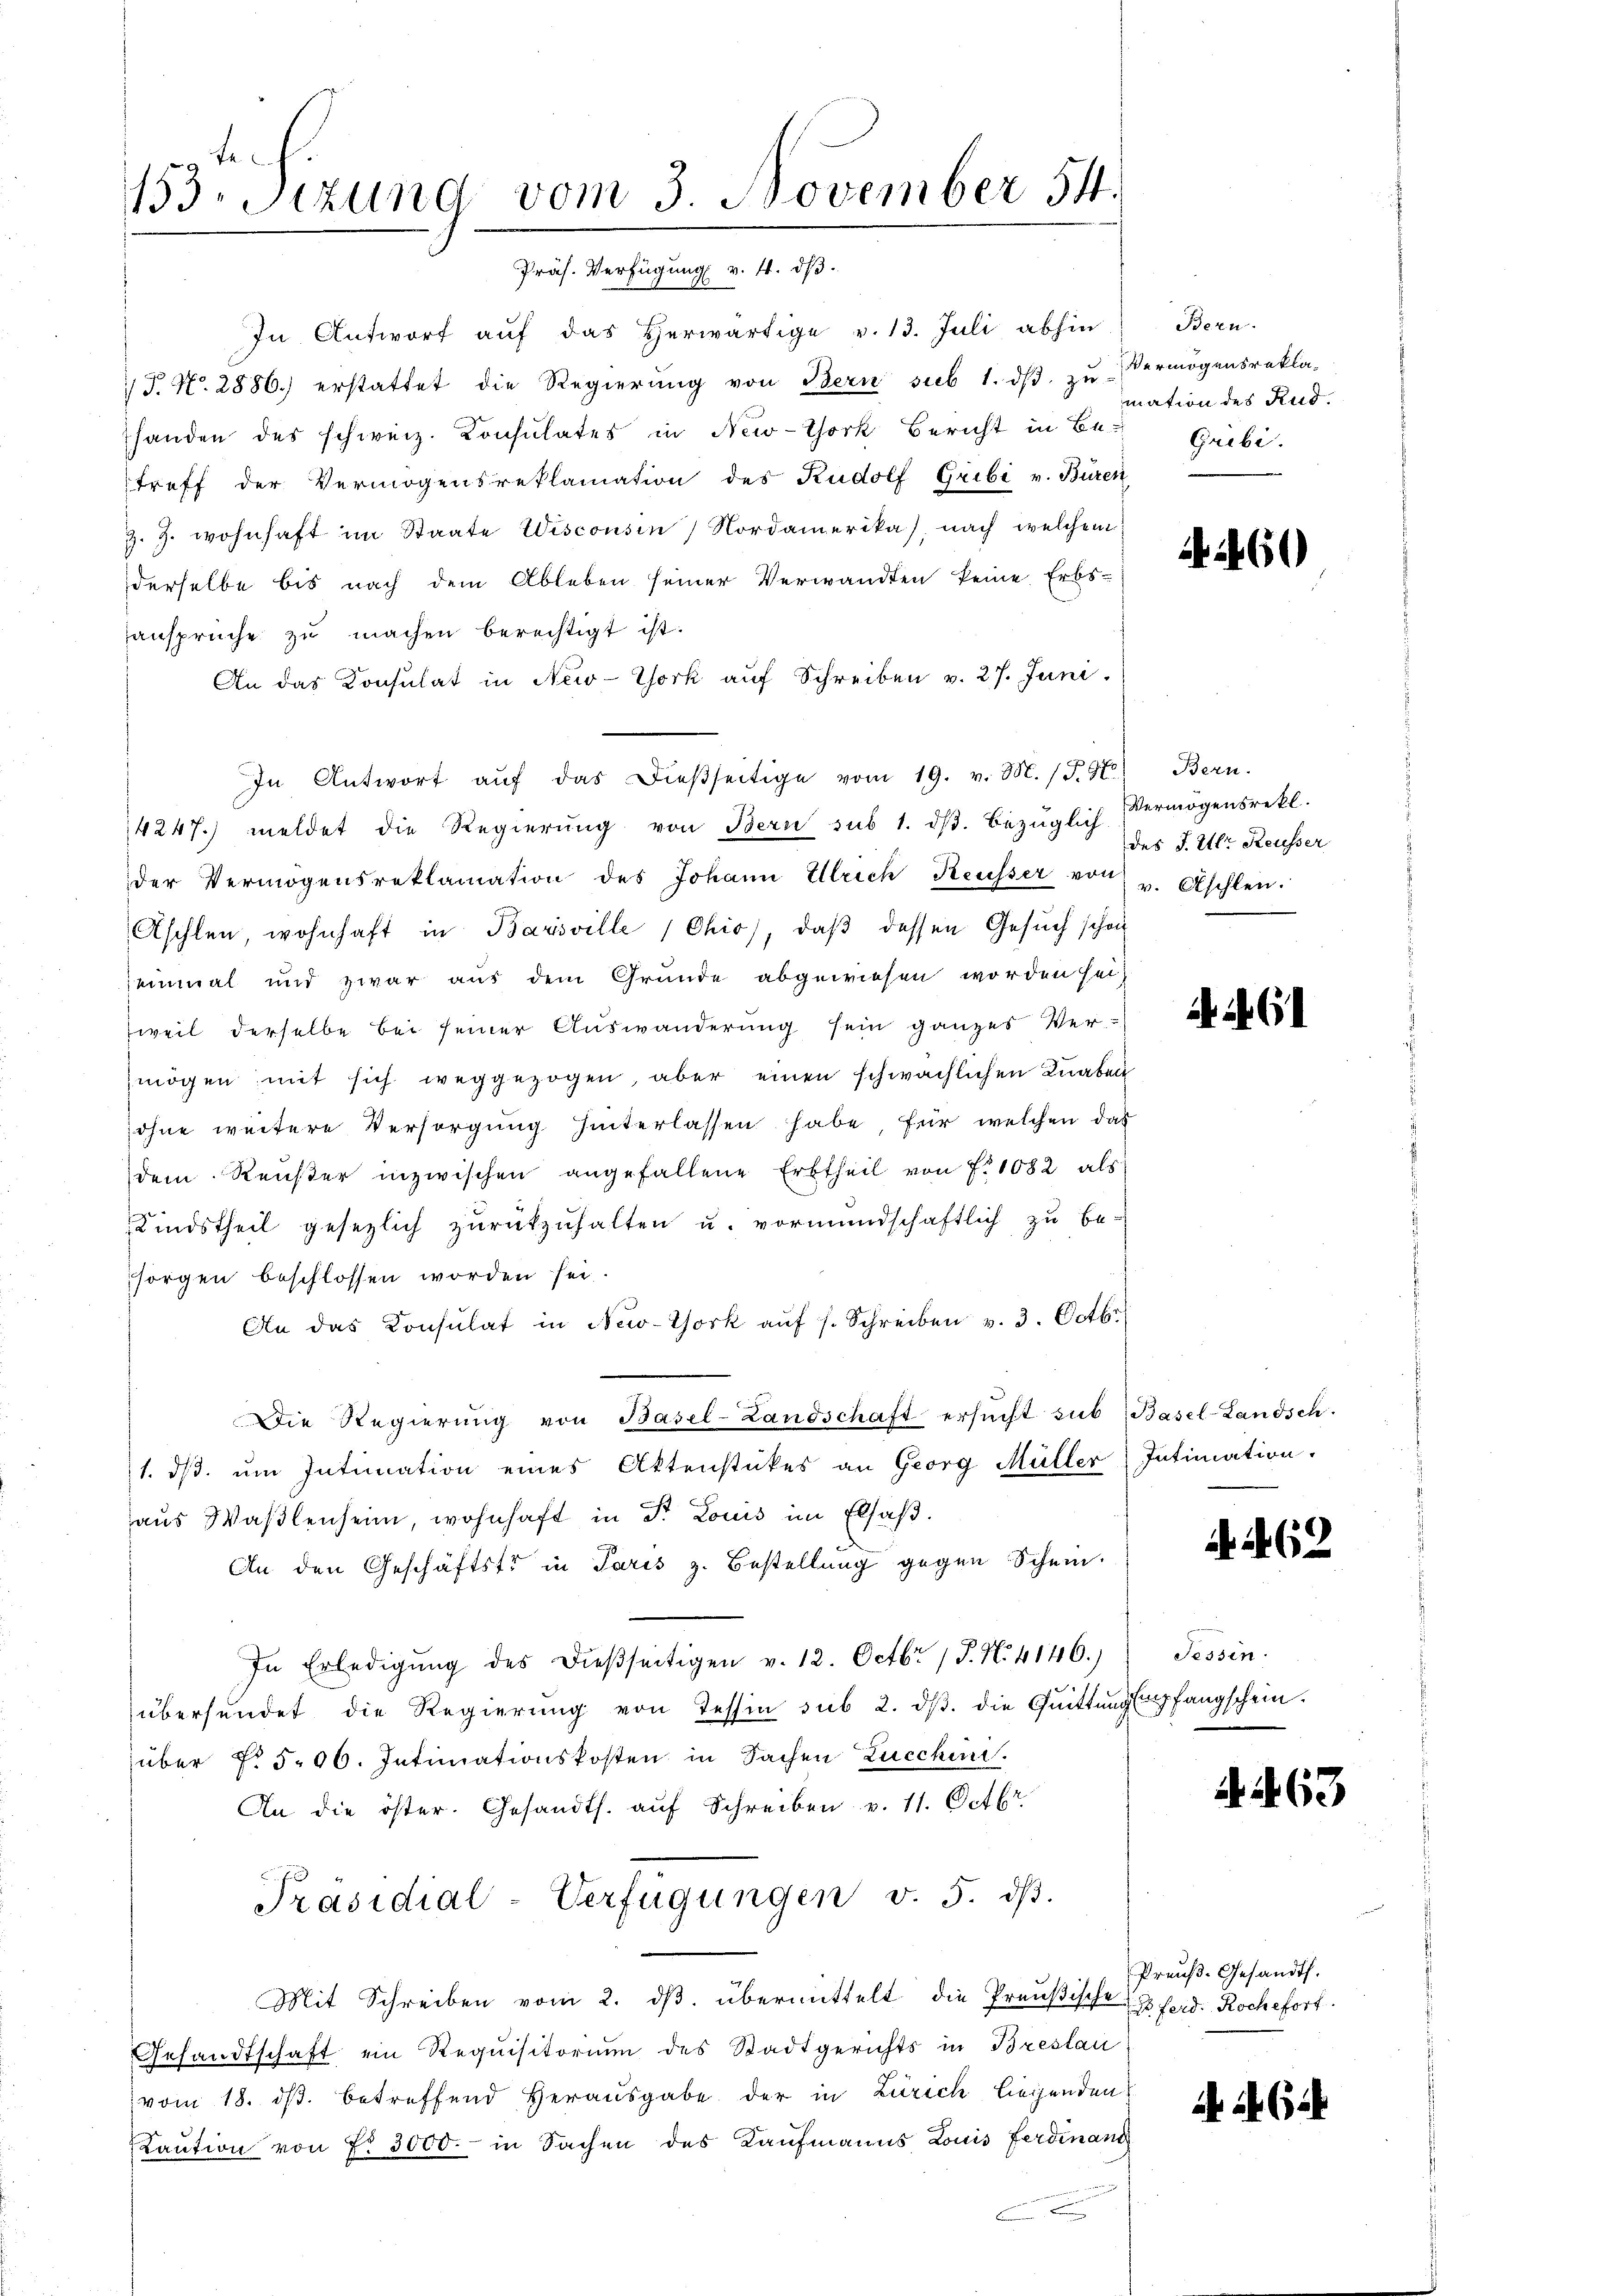
153 Sizung vom 3. November 54.
Präs. Verfügung v. 4. ds.

In Antwort auf das Herwärtige v. 13. Juli abhin
J. N. 2886.) erstattet die Regierŭng von Bern sub 1. dβ zŭ Vermögensrekla-
shanden des schweiz. Konsulates in New-York Bericht in Be-
treff der Vermögensreklamation des Rudolf Gribi v. Büren
Z. Z. wohnhaft im Staate Wisconsen Nordamerika, nach welchem
derselbe bis nach dem Ableben seiner Verwandten keine Erbs-
ansprüche zŭ machen berechtigt ist.
An das Konsulat in New-York auf Schreiben v. 27. Juni.
In Antwort aŭf das dießseitige vom 19. v. M. (T. 4) Bern.
4247. meldet die Regierŭng von Bern sub 1. dβ. bezüglich Vermögensrekl
der Vermögensreklamation des Johann Ulrich Reusser von v. Aschlen.
Aschlen, wohnhaft in Barsville (Chio, daβ dessen Gesuch schon
einmal und zwar aus dem Grunde abgewiesen worden sei,
weil derselbe bei seiner Auswanderung sein ganzes Ver-
mögen mit sich weggezogen, aber einen schwächlichen Knaben
ohne weitere Versorgung hinterlassen habe, für welchen das
dem Reister inzwischen angefallene Erbtheil von f. 1082 als
Kindstheil gesezlich zŭrückzŭhalten u. vormundschaftlich zu be-
sorgen beschlossen worden sei.
An das Consulat in New-York aŭf s. Schreiben v. 3. Octbr
Die Regierŭng von Basel-Landschaft ersŭcht sub (Basel-Landsch
1. dβ ŭm Intimation eines Aktenstückes an Georg Müller Intimation.
aŭs Waβlenheim, wohnhaft in Dr. Louis im Elsaß.
An den Geschäftstr in Paris z. Bestellung gegen Schein.
In Erledigŭng des dieβseitigen v. 12. Octbr. 1 P. N. 4146.) Tessin
übersendet die Regierung von Tessin sub 2. dβ. die Quittung empfangschein.
über No 506. Intimationskosten in Sachen Zucchen.
An die öster. Gesandts. aŭf Schreiben v. 11. Octbr.
Präsidial-Verfügungen v. 5. dβ.
Mit Schreiben vom 2. dβ übermittelt die Preußischen Ferd. Roche fort.
Gesandtschaft ein Requisitorium des Stadtgerichts in Breslau
vom 18. ds. betreffend Herausgabe der in Zürich liegenden
Kaŭtion von f. 3000. in Sachen des Kaufmanns Louis Ferdinanz

Bern.
mation des Rud.
Gribi.

4460

des J. Etl. Reusser

. 61

62

463

Preuß. Gesandts.